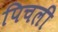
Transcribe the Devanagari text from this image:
पिचली